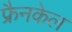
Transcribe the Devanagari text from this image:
फ्रैनकेल